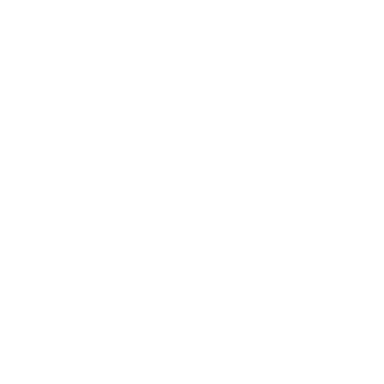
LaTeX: \nonumber